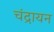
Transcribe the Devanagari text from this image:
चंद्रायन